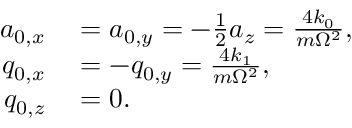
\begin{array} { r l } { a _ { 0 , x } } & { { } = a _ { 0 , y } = - \frac { 1 } { 2 } a _ { z } = \frac { 4 k _ { 0 } } { m \Omega ^ { 2 } } , } \\ { q _ { 0 , x } } & { { } = - q _ { 0 , y } = \frac { 4 k _ { 1 } } { m \Omega ^ { 2 } } , } \\ { q _ { 0 , z } } & { { } = 0 . } \end{array}